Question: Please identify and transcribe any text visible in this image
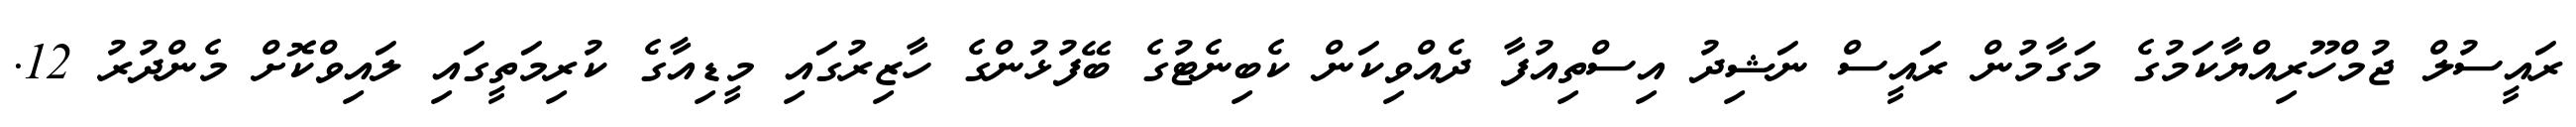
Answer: ރައީސުލް ޖުމްހޫރިއްޔާކަމުގެ މަގާމުން ރައީސް ނަޝިދު އިސްތިއުފާ ދެއްވިކަން ކެބިނެޓުގެ ބޭފުޅުންގެ ހާޒިރުގައި މީޑިއާގެ ކުރިމަތީގައި ލައިވްކޮށް މެންދުރު 12.